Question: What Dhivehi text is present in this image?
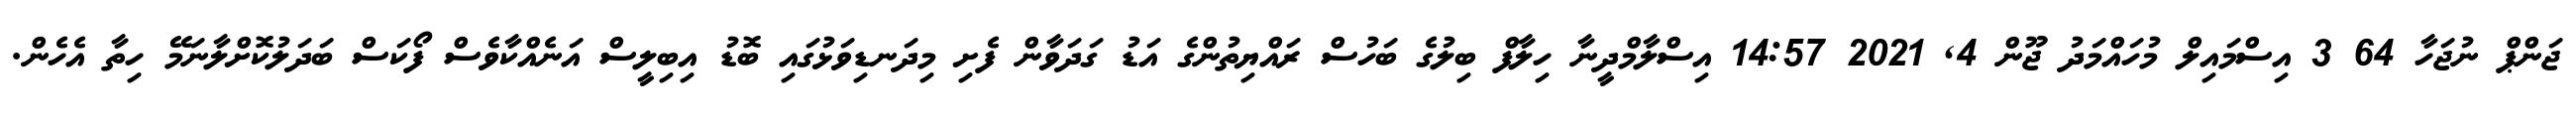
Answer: ޖަންޕް ނުޖަހާ 64 3 އިސްމައިލް މުހައްމަދު ޖޫން 4, 2021 14:57 އިސްލާމްދީނާ ހިލާފް ބިލުގެ ބަހުސް ރައްޔިތުންގެ އަޑު ގަދަވާން ފެށި މިދަނޑިވަޅުގައި ބޮޑު އިބިލީސް އަނެއްކާވެސް ފޯކަސް ބަދަލުކޮށްލާނަމޭ ހިތާ އެހެން.